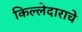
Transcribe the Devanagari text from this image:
किल्लेदाराचे